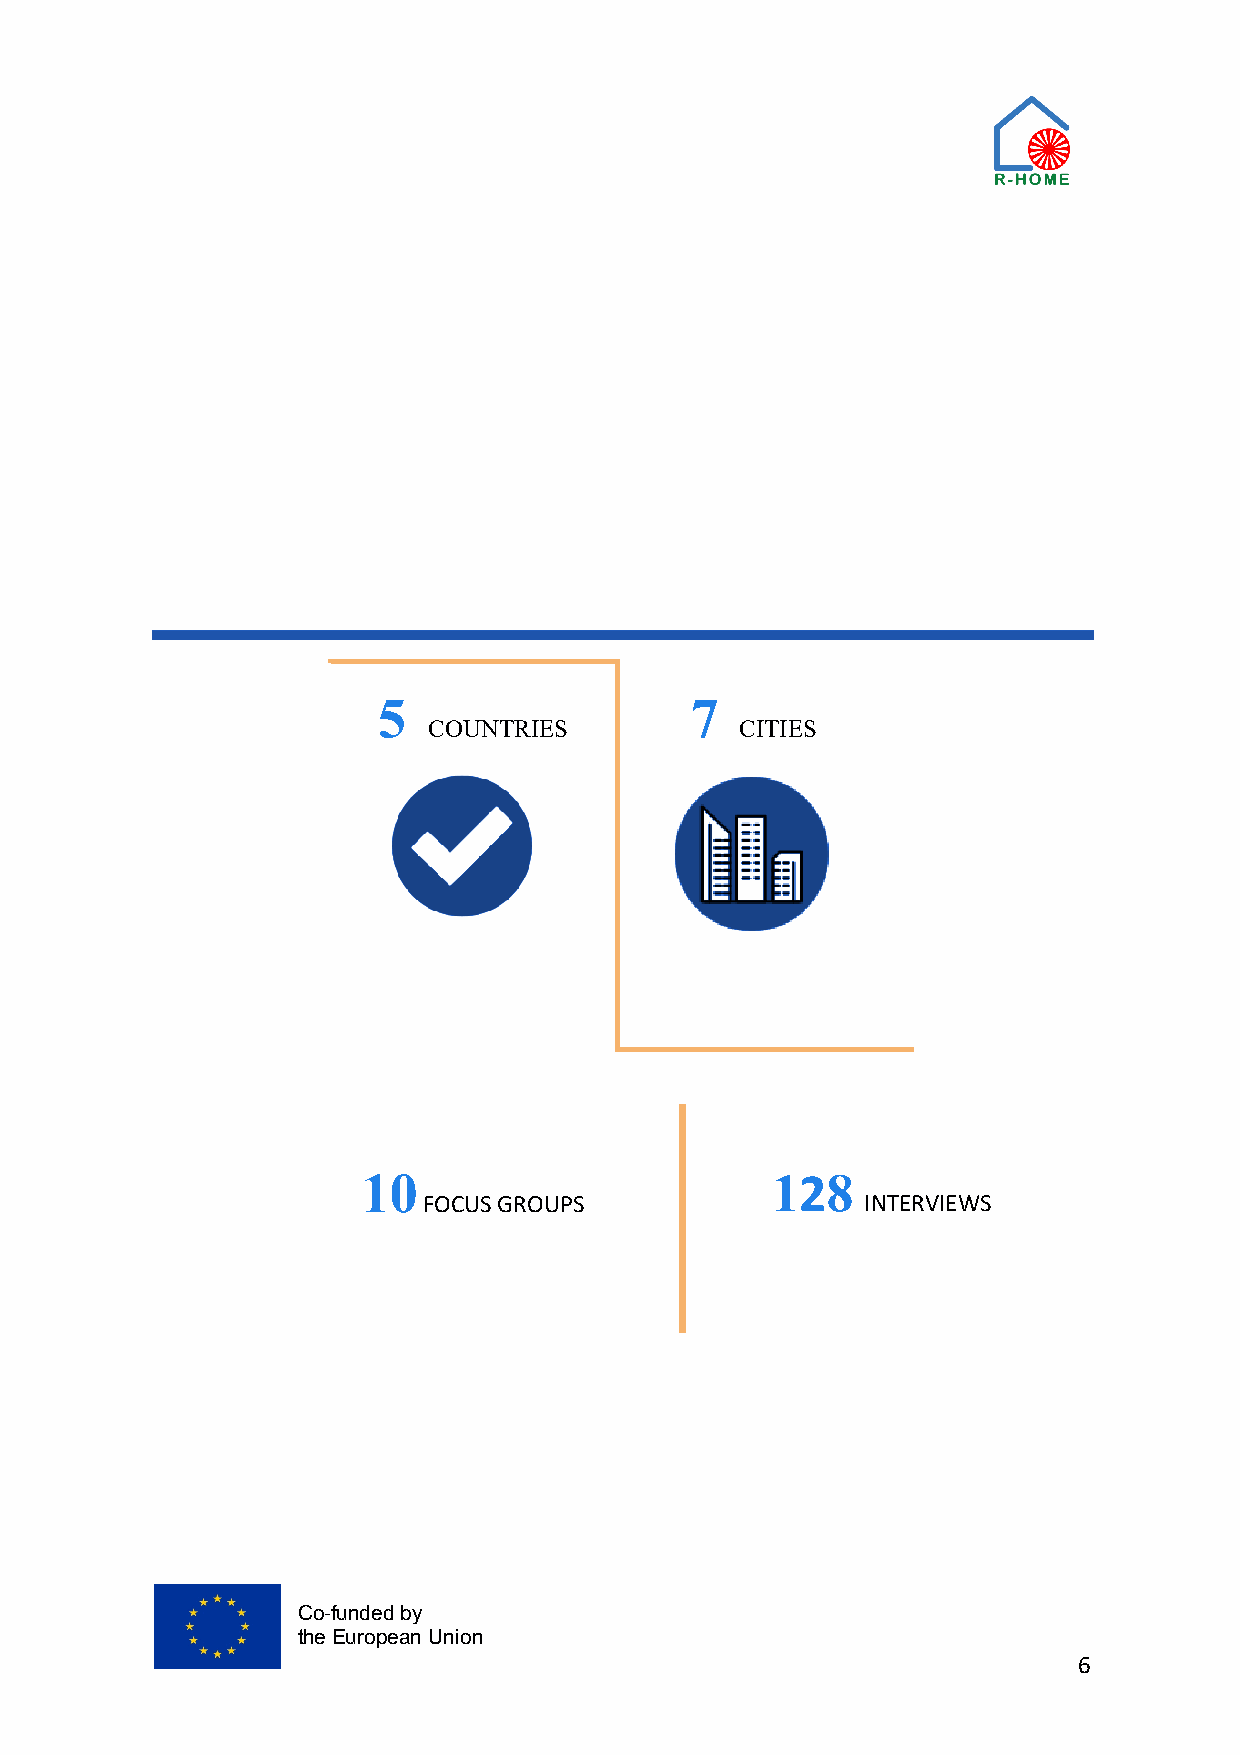
5                    7
 COUNTRIES            CITIES
 10                         128
 FOCUS GROUPS                 INTERVIEWS
 Co-funded by
 the European Union
 6